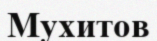
Мухитов